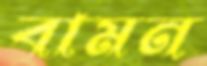
বামন